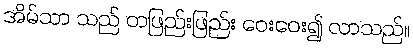
အိမ်သာ သည် တဖြည်းဖြည်း ဝေးဝေး၍ လာသည်။